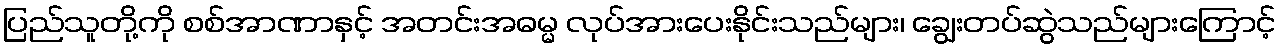
ပြည်သူတို့ကို စစ်အာဏာနှင့် အတင်းအဓမ္မ လုပ်အားပေးနိုင်းသည်များ၊ ချွေးတပ်ဆွဲသည်များကြောင့်